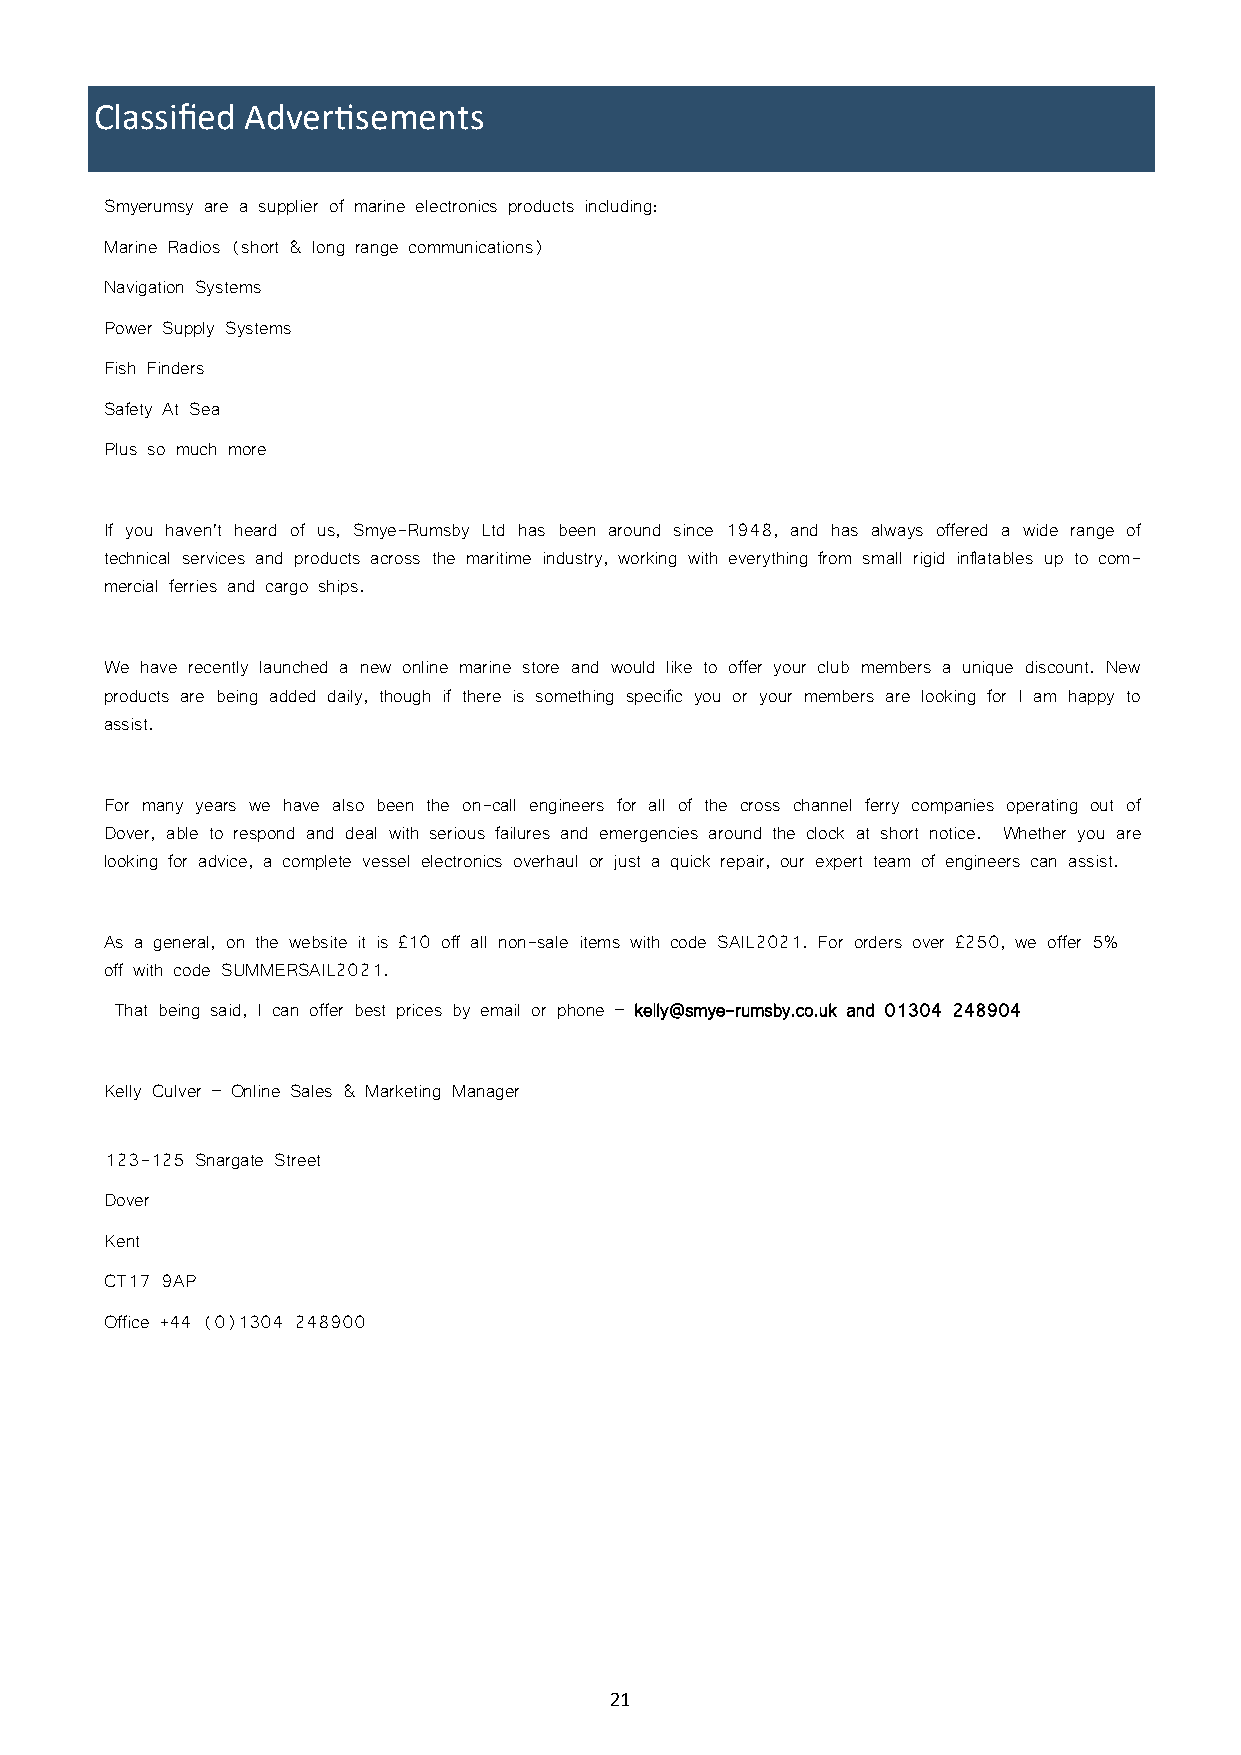
Classified Advertisements
 Smyerumsy are a supplier of marine electronics products including:
 Marine Radios (short & long range communications)
 Navigation Systems
 Power Supply Systems
 Fish Finders
 Safety At Sea
 Plus so much more
 If you haven’t heard of us, Smye-Rumsby Ltd has been around since 1948, and has always offered a wide range of
 technical services and products across the maritime industry, working with everything from small rigid inflatables up to com-
 mercial ferries and cargo ships.
 We have recently launched a new online marine store and would like to offer your club members a unique discount. New
 products are being added daily, though if there is something specific you or your members are looking for I am happy to
 assist.
 For many years we have also been the on-call engineers for all of the cross channel ferry companies operating out of
 Dover, able to respond and deal with serious failures and emergencies around the clock at short notice. Whether you are
 looking for advice, a complete vessel electronics overhaul or just a quick repair, our expert team of engineers can assist.
 As a general, on the website it is £10 off all non-sale items with code SAIL2021. For orders over £250, we offer 5%
 off with code SUMMERSAIL2021.
 That being said, I can offer best prices by email or phone – kelly@smye-rumsby.co.uk and 01304 248904
 Kelly Culver – Online Sales & Marketing Manager
 123-125 Snargate Street
 Dover
 Kent
 CT17 9AP
 Office +44 (0)1304 248900
 21